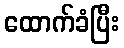
ထောက်ခံပြီး